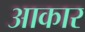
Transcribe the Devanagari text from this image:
अाकार